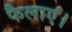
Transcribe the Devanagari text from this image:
फैलाएं।